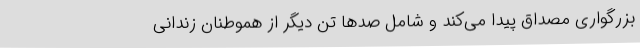
بزرگواری مصداق پیدا می‌کند و شامل صدها تن دیگر از هموطنانِ زندانیِ